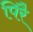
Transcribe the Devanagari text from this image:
पिरै